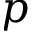
p